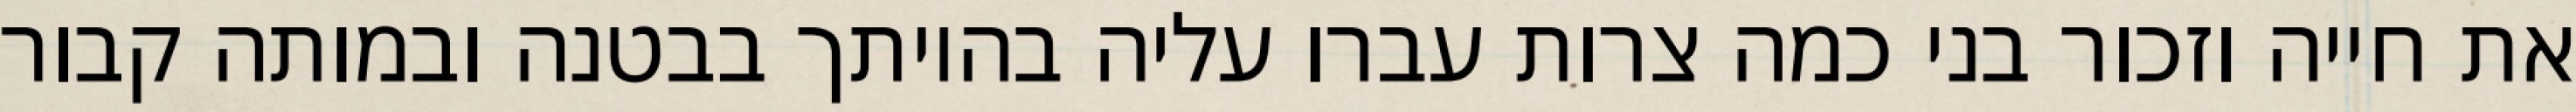
את חייה וזכור בני כמה צרות עברו עליה בהיותך בבטנה ובמותה קבור